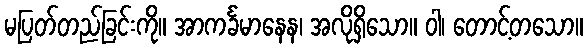
မပြတ်တည်ခြင်းကို။ အာကင်္ခမာနေန၊ အလိုရှိသော။ ဝါ၊ တောင့်တသော။